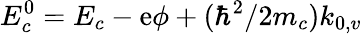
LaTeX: E_{c}^{0}=E_{c}-\mathrm{e}\phi+(\hbar^{2}/2m_{c})k_{0,v}